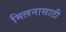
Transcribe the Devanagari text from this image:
मिलनासाठी